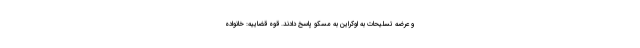
و عرضه تسلیحات به اوکراین به مسکو پاسخ دادند. قوه قضاییه: خانواده